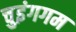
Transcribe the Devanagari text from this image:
चुइंगगम